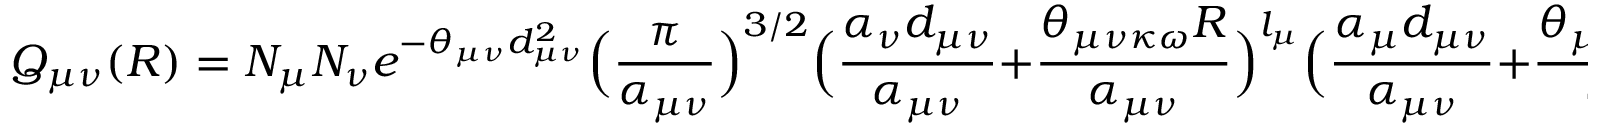
Q _ { \mu \nu } ( R ) = N _ { \mu } N _ { \nu } e ^ { - \theta _ { \mu \nu } d _ { \mu \nu } ^ { 2 } } \Big ( \frac { \pi } { \alpha _ { \mu \nu } } \Big ) ^ { 3 / 2 } \Big ( \frac { \alpha _ { \nu } d _ { \mu \nu } } { \alpha _ { \mu \nu } } + { \frac { \theta _ { \mu \nu \kappa \omega } R } { \alpha _ { \mu \nu } } } \Big ) ^ { l _ { \mu } } \Big ( \frac { \alpha _ { \mu } d _ { \mu \nu } } { \alpha _ { \mu \nu } } + { \frac { \theta _ { \mu \nu \kappa \omega } R } { \alpha _ { \mu \nu } } } \Big ) ^ { l _ { \nu } } .